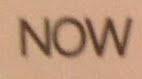
now